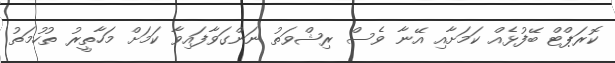
ކޮރަޕްޓް ބޭފުޅެއް ކަމަށާއި އޭނާ ވެސް ރިޝްވަތު ނަންގަވާފައިވާ ކަމަށް މަހާތީރު ތުހުމަތު